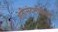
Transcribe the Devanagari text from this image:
शेतीसंदर्भातील